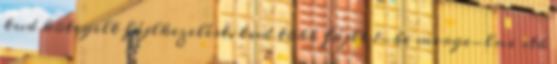
tud kötegelt fájlkezelést, tud több fájlt 1-be merge-lni stb